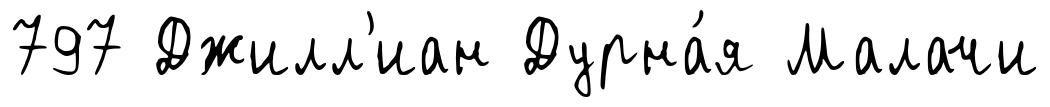
797 Джилл'иан Дурна́я Малачи